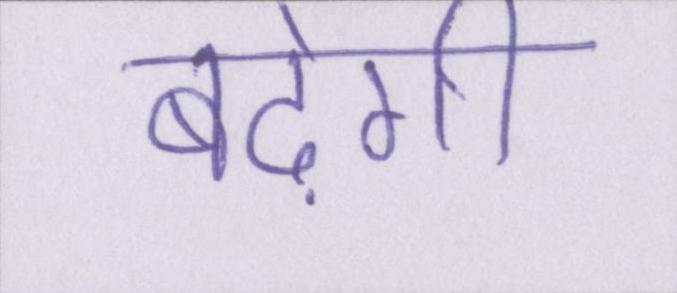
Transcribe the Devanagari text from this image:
बढ़ेगी